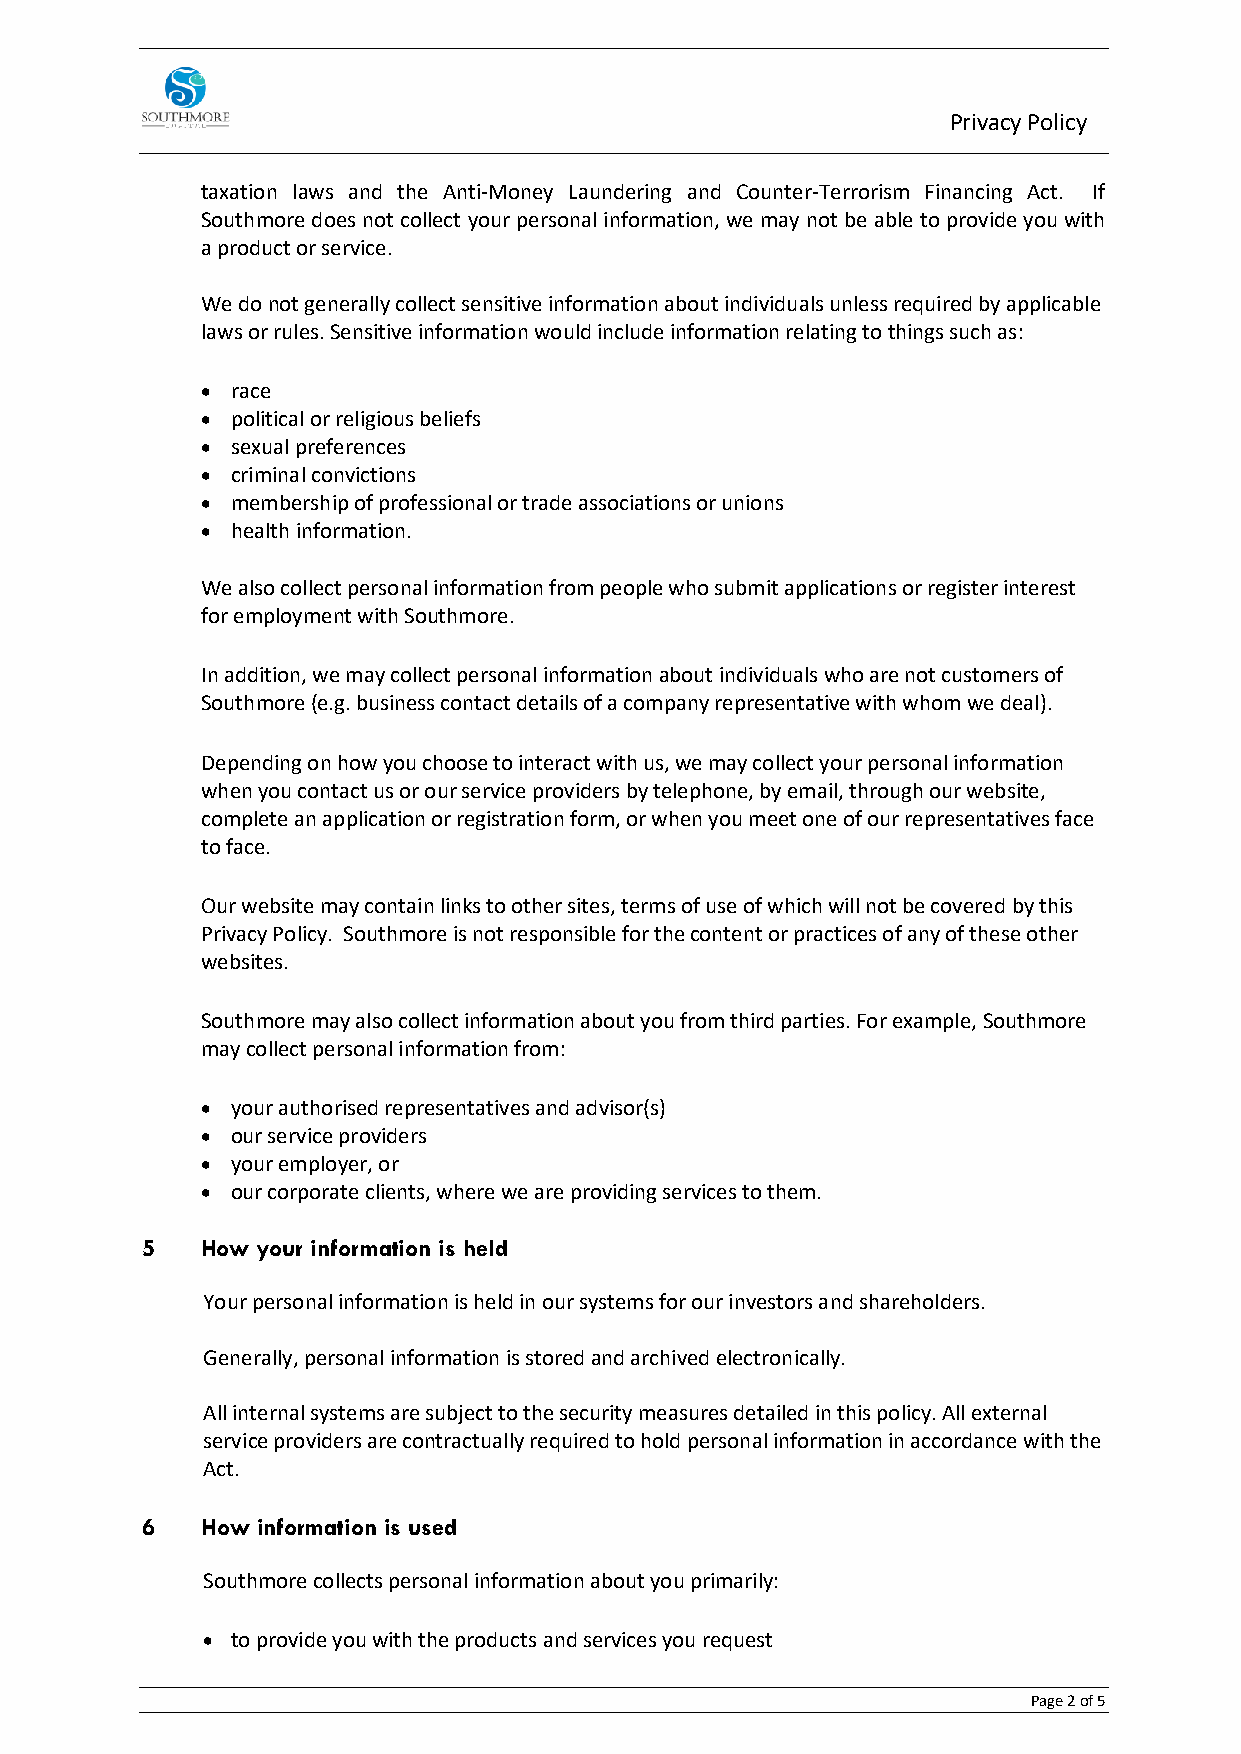
Privacy Policy
 taxation laws and the Anti-Money Laundering and Counter-Terrorism Financing Act. If
 Southmore does not collect your personal information, we may not be able to provide you with
 a product or service.
 We do not generally collect sensitive information about individuals unless required by applicable
 laws or rules. Sensitive information would include information relating to things such as:
 • race
 • political or religious beliefs
 • sexual preferences
 • criminal convictions
 • membership of professional or trade associations or unions
 • health information.
 We also collect personal information from people who submit applications or register interest
 for employment with Southmore.
 In addition, we may collect personal information about individuals who are not customers of
 Southmore (e.g. business contact details of a company representative with whom we deal).
 Depending on how you choose to interact with us, we may collect your personal information
 when you contact us or our service providers by telephone, by email, through our website,
 complete an application or registration form, or when you meet one of our representatives face
 to face.
 Our website may contain links to other sites, terms of use of which will not be covered by this
 Privacy Policy. Southmore is not responsible for the content or practices of any of these other
 websites.
 Southmore may also collect information about you from third parties. For example, Southmore
 may collect personal information from:
 • your authorised representatives and advisor(s)
 • our service providers
 • your employer, or
 • our corporate clients, where we are providing services to them.
 5   How your information is held
 Your personal information is held in our systems for our investors and shareholders.
 Generally, personal information is stored and archived electronically.
 All internal systems are subject to the security measures detailed in this policy. All external
 service providers are contractually required to hold personal information in accordance with the
 Act.
 6   How information is used
 Southmore collects personal information about you primarily:
 • to provide you with the products and services you request
 Page 2 of 5